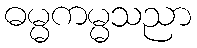
ဓမ္မကမ္မသညာ